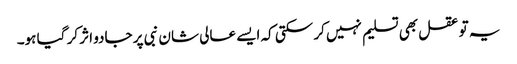
یہ تو عقل بھی تسلیم نہیں کر سکتی کہ ایسے عالی شان نبی پر جادو اثر کر گیا ہو۔